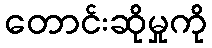
တောင်းဆိုမှုကို